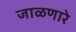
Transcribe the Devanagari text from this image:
जाळणारे